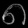
Digit: ၈